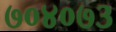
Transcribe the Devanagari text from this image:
७०४०७३